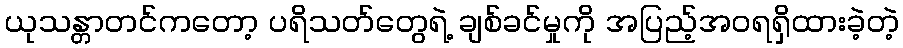
ယုသန္တာတင်ကတော့ ပရိသတ်တွေရဲ့ ချစ်ခင်မှုကို အပြည့်အဝရရှိထားခဲ့တဲ့